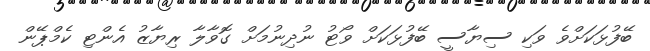
ބޭފުޅަކަށްވެ ވަކި ސިޔާސީ ބޭފުޅަކަށް ވޯޓު ނުދިނުމަށް ގޮވާލާ ރިޔާޒު އެންޓި ކެމްޕޭން